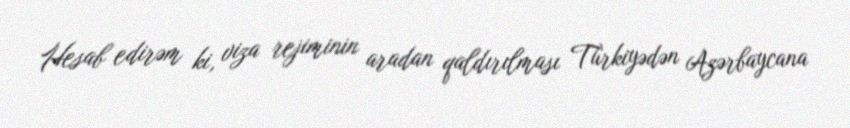
Hesab edirəm ki, viza rejiminin aradan qaldırılması Türkiyədən Azərbaycana